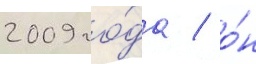
2009 го́да / о́н